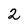
Character: 2